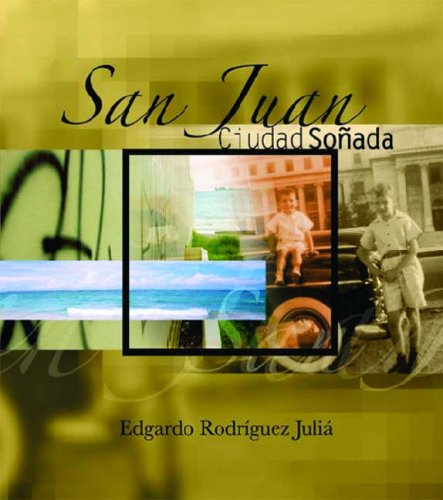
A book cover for San Juan: Ciudad Sonada (Americas) (Spanish Edition); Edgardo Rodriguez Julia; Travel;